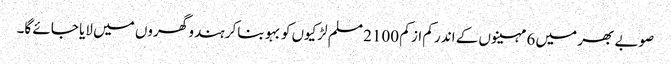
صوبے بھر میں 6 مہینوں کے اندر کم از کم 2100 مسلم لڑکیوں کو بہو بناکر ہندو گھروں میں لایا جائے گا۔